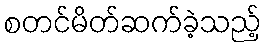
စတင်မိတ်ဆက်ခဲ့သည့်